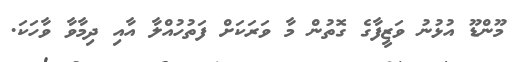
މޫންޑޫ އުޅުނު ވަޒީފާގެ ގޮތުން މާ ވަރަކަށް ފަތުހުއްލާ އާއި ދިމާވާ ވާހަކަ.